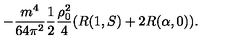
- \frac { m ^ { 4 } } { 6 4 \pi ^ { 2 } } \frac 1 2 \frac { \rho _ { 0 } ^ { 2 } } 4 ( R ( 1 , S ) + 2 R ( \alpha , 0 ) ) .